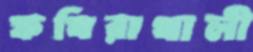
ফখিরাখালী